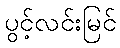
ပွင့်လင်းမြင်